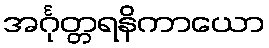
အင်္ဂုတ္တရနိကာယော